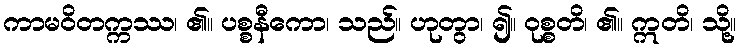
ကာမဝိတက္ကဿ၊ ၏။ ပစ္စနီကော၊ သည်။ ဟုတွာ၊ ၍။ ဝုစ္စတိ၊ ၏။ ဣတိ၊ သို့။